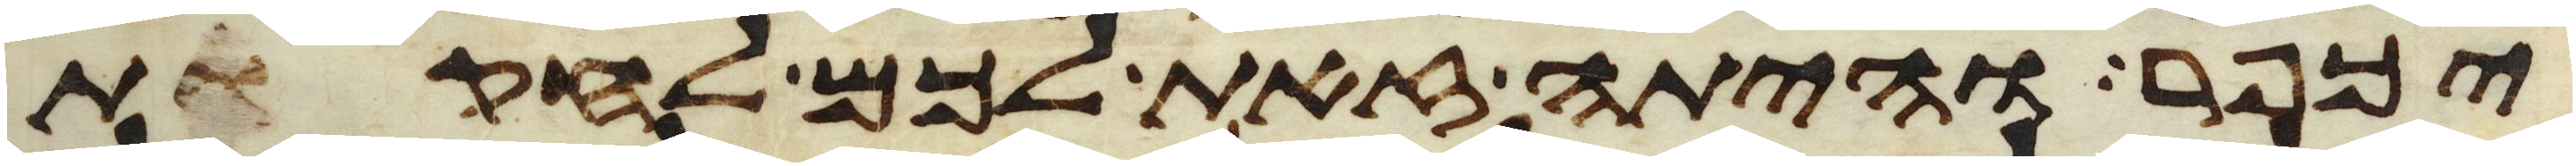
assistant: יכפר והיתה זאת לכם לחקות